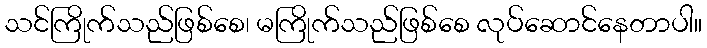
သင်ကြိုက်သည်ဖြစ်စေ၊ မကြိုက်သည်ဖြစ်စေ လုပ်ဆောင်နေတာပါ။